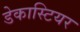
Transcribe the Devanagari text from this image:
डेकास्टियर